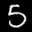
Label: 5